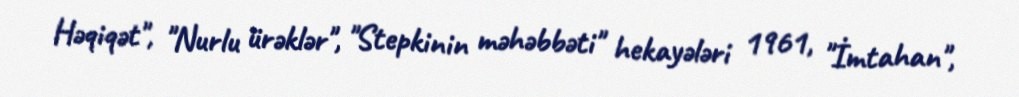
Həqiqət", "Nurlu ürəklər", "Stepkinin məhəbbəti" hekayələri 1961, "İmtahan",